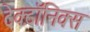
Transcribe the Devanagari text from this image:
टेक्टॉनिक्स